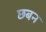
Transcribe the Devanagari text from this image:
छबन